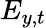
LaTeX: E_{y,t}